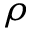
\rho